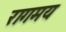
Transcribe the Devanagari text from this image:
रागमय